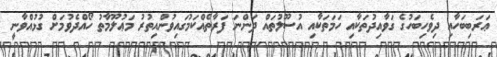
ޢަރަބިބަހާއި ދިވެހިބަހުގެ ގަވާއިދުތަކާއި ހަމަތަކާއި އުސޫލުތައް ދަންނަ ފަރާތެއްކަމުގައިވުންއިތުރު މަޢުލޫމާތު ހޯއްދެވުމަށް ގުޅުއްވާނީ